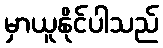
မှာယူနိုင်ပါသည်